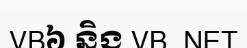
VB៦ និង VB. NET